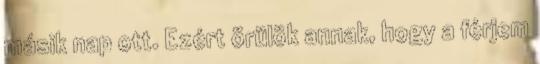
másik nap ott. Ezért örülök annak, hogy a férjem